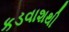
કડવાશથી